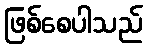
ဖြစ်စေပါသည်